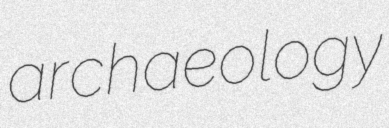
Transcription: archaeology